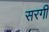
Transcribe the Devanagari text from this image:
सरगी